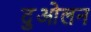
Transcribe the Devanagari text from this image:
दुओलन